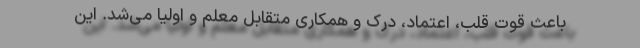
باعث قوت قلب، اعتماد، درک و همکاری متقابل معلم و اولیا می‌شد. این